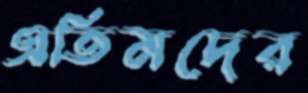
এতিমদের